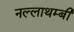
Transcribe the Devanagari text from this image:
नल्लाथम्बी